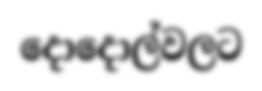
දොදොල්වලට